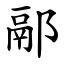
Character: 䣓